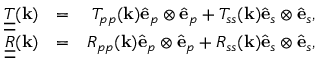
\begin{array} { r l r } { \underline { { \underline { { T } } } } ( { \bf k } ) } & { = } & { T _ { p p } ( { \bf k } ) { \hat { \bf e } } _ { p } \otimes { \hat { \bf e } } _ { p } + T _ { s s } ( { \bf k } ) { \hat { \bf e } } _ { s } \otimes { \hat { \bf e } } _ { s } , } \\ { \underline { { \underline { { R } } } } ( { \bf k } ) } & { = } & { R _ { p p } ( { \bf k } ) { \hat { \bf e } } _ { p } \otimes { \hat { \bf e } } _ { p } + R _ { s s } ( { \bf k } ) { \hat { \bf e } } _ { s } \otimes { \hat { \bf e } } _ { s } , } \end{array}